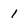
Character: 1